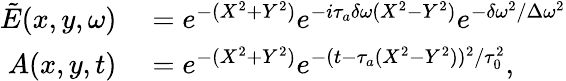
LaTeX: \begin{array}{rl}{\tilde{E}(x,y,\omega)}&{{}=e^{-(X^{2}+Y^{2})}e^{-i\tau_{a}\delta\omega(X^{2}-Y^{2})}e^{-\delta\omega^{2}/\Delta\omega^{2}}}\\ {A(x,y,t)}&{{}=e^{-(X^{2}+Y^{2})}e^{-(t-\tau_{a}(X^{2}-Y^{2}))^{2}/\tau_{0}^{2}},}\end{array}